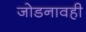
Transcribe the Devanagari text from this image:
जोडनावही